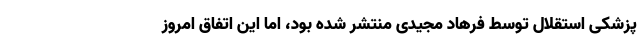
پزشکی استقلال توسط فرهاد مجیدی منتشر شده بود، اما این اتفاق امروز